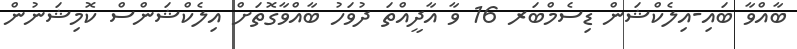
ބާއްވާ ބައި-އިލެކްޝަން ޑިސެމްބަރ 16 ވާ އާދީއްތަ ދުވަހު ބާއްވާގޮތަށް އިލެކްޝަންސް ކޮމިޝަނުން